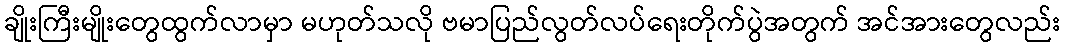
ချိုးကြီးမျိုးတွေထွက်လာမှာ မဟုတ်သလို ဗမာပြည်လွတ်လပ်ရေးတိုက်ပွဲအတွက် အင်အားတွေလည်း